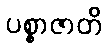
ပစ္စာဇာတိ